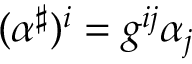
( \alpha ^ { \sharp } ) ^ { i } = g ^ { i j } \alpha _ { j }